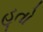
હૂતો